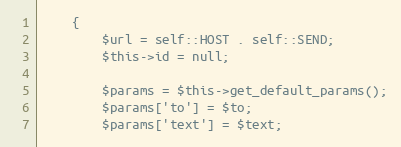
Language: PHP
    {
        $url = self::HOST . self::SEND;
        $this->id = null;

        $params = $this->get_default_params();
        $params['to'] = $to;
        $params['text'] = $text;